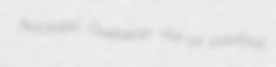
felicitates Quebecer nut-oil overfoot